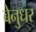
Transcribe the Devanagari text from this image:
बेनुधर